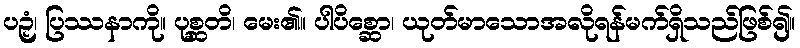
ပဉှံ၊ ပြဿနာကို။ ပုစ္ဆတိ၊ မေး၏။ ပါပိစ္ဆော၊ ယုတ်မာသောအလိုရန်မက်ရှိသည်ဖြစ်၍။